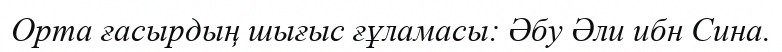
Орта ғасырдың шығыс ғұламасы: Әбу Әли ибн Сина.